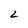
Character: 2